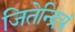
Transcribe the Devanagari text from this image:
जितेन्द्रियं